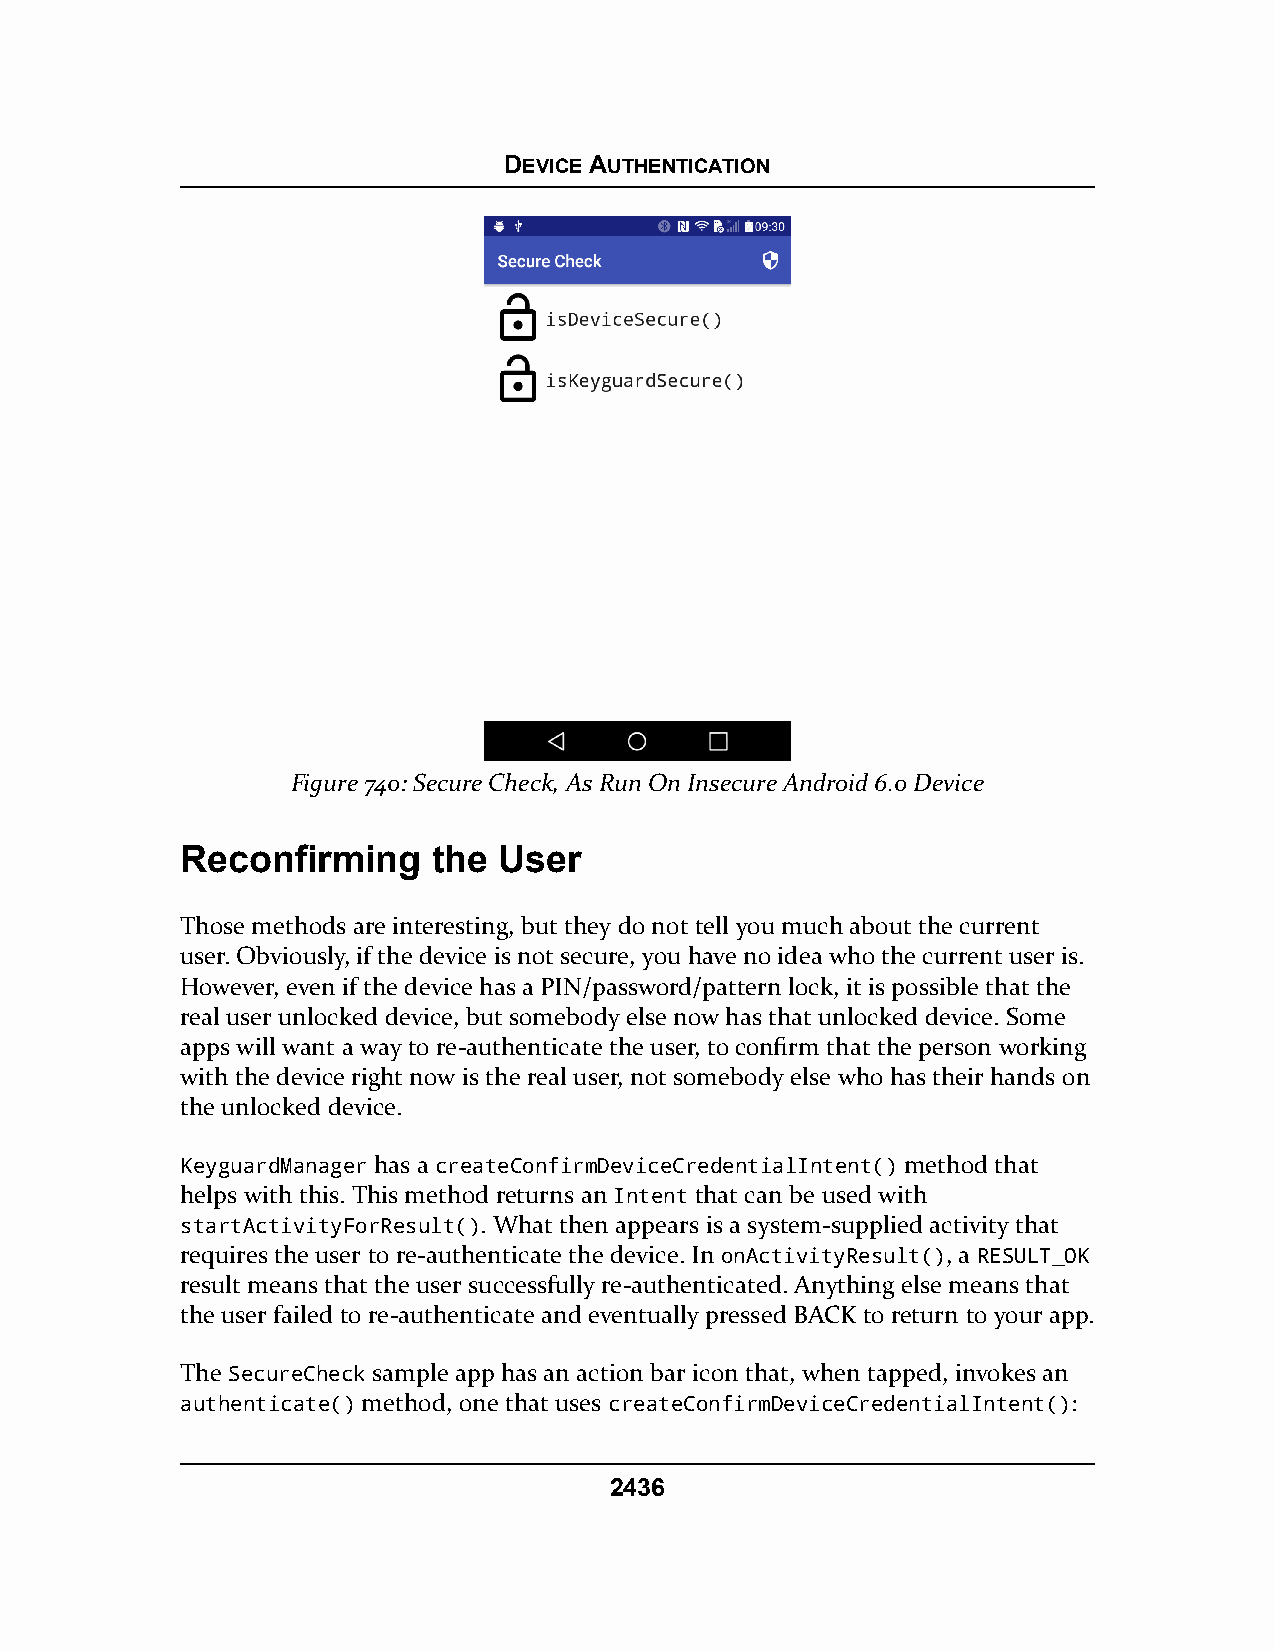
DEVICE AUTHENTICATION
 Figure 740: Secure Check, As Run On Insecure Android 6.0 Device
 Reconfirming     the User
 Those methods are interesting, but they do not tell you much about the current
 user. Obviously, if the device is not secure, you have no idea who the current user is.
 However, even if the device has a PIN/password/pattern lock, it is possible that the
 real user unlocked device, but somebody else now has that unlocked device. Some
 apps will want a way to re-authenticate the user, to confirm that the person working
 with the device right now is the real user, not somebody else who has their hands on
 the unlocked device.
 KeyguardManager has a createConfirmDeviceCredentialIntent() method that
 helps with this. This method returns an Intent that can be used with
 startActivityForResult(). What then appears is a system-supplied activity that
 requires the user to re-authenticate the device. In onActivityResult(), a RESULT_OK
 result means that the user successfully re-authenticated. Anything else means that
 the user failed to re-authenticate and eventually pressed BACK to return to your app.
 The SecureCheck sample app has an action bar icon that, when tapped, invokes an
 authenticate() method, one that uses createConfirmDeviceCredentialIntent():
 2436